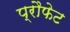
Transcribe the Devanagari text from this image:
प्रौफेट